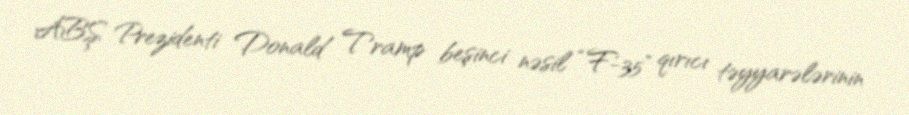
ABŞ Prezidenti Donald Tramp beşinci nəsil “F-35” qırıcı təyyarələrinin